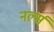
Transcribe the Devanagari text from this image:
नर्ल्स